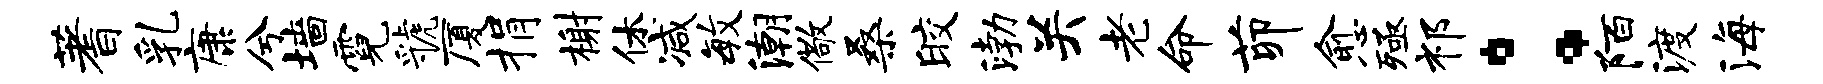
蓍乳康兮墙霓虢厦捐榭休减毓潮儆桑皎渤关老命茆愈殛祁：陌渡海